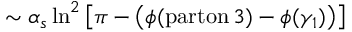
\sim \alpha _ { s } \ln ^ { 2 } \left[ \pi - \left( \phi ( \mathrm { p a r t o n } \, 3 ) - \phi ( \gamma _ { 1 } ) \right) \right]